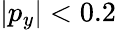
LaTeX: |p_{y}|<0.2